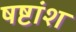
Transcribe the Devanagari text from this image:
षष्टांश